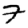
Digit: 7